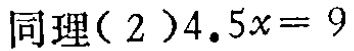
同理(2)$4.5x = 9$